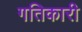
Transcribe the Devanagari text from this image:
गतिकारी